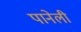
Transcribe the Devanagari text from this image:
पानेली